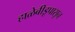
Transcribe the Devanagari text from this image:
हाळेबीडूपासून